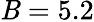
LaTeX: \mathit{B}=5.2